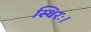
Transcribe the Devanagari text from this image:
स्थिरः।